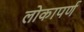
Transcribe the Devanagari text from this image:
लोकापर्ण